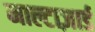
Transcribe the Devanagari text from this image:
माल्टाज़ार्ड